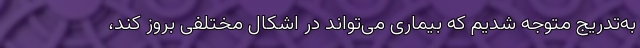
به‌تدریج متوجه شدیم که بیماری می‌تواند در اشکال مختلفی بروز کند،